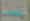
أرادني